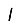
Digit: 1